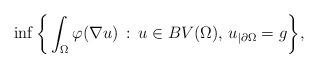
LaTeX: \begin{align*} \inf\bigg\{\int_\Omega \varphi(\nabla u)\,:\,u \in BV(\Omega),\,u_{|\partial\Omega}=g\bigg\},\end{align*}